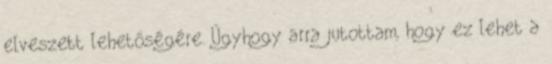
elveszett lehetőségére. Úgyhogy arra jutottam, hogy ez lehet a